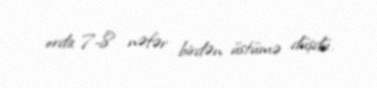
orda 7-8 nəfər birdən üstümə düşdü.